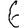
Digit: 6